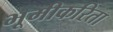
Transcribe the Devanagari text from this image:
भूमीकरिता